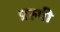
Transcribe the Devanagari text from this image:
प्ररुपी